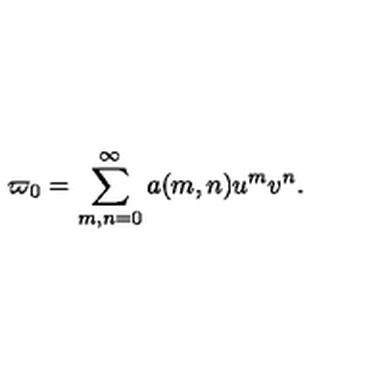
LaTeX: \varpi _ { 0 } = \sum _ { m , n = 0 } ^ { \infty } a ( m , n ) u ^ { m } v ^ { n } .